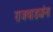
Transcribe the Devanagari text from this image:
राजवाड्यांना